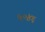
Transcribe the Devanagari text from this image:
५०४६